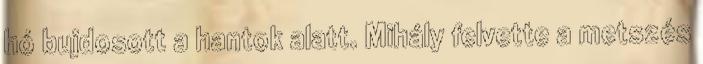
hó bujdosott a hantok alatt. Mihály felvette a metszés